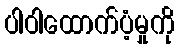
ပါဝါထောက်ပံ့မှုကို